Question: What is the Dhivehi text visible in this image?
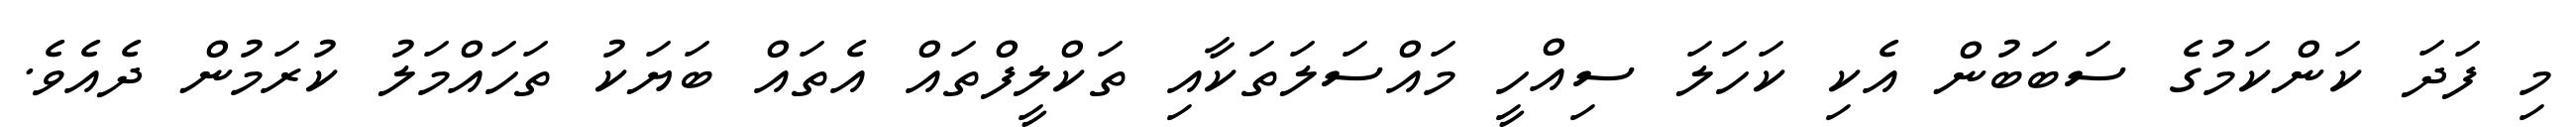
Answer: މި ފަދަ ކަންކަމުގެ ސަބަބުން އެކި ކަހަލަ ސިއްހީ މައްސަލަތަކާއި ތަކްލީފްތައް އެތައް ބަޔަކު ތަހައްމަލު ކުރަމުން ދެއެވެ.